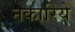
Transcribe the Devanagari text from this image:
नकारिये